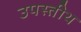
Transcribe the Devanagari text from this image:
उपस्तीथ